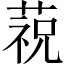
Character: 𱾋